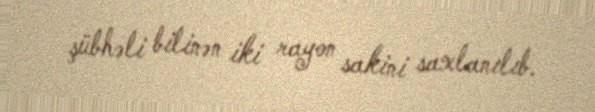
şübhəli bilinən iki rayon sakini saxlanılıb.